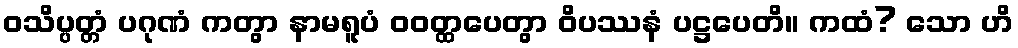
ဝသိပ္ပတ္တံ ပဂုဏံ ကတွာ နာမရူပံ ဝဝတ္ထပေတွာ ဝိပဿနံ ပဋ္ဌပေတိ။ ကထံ? သော ဟိ